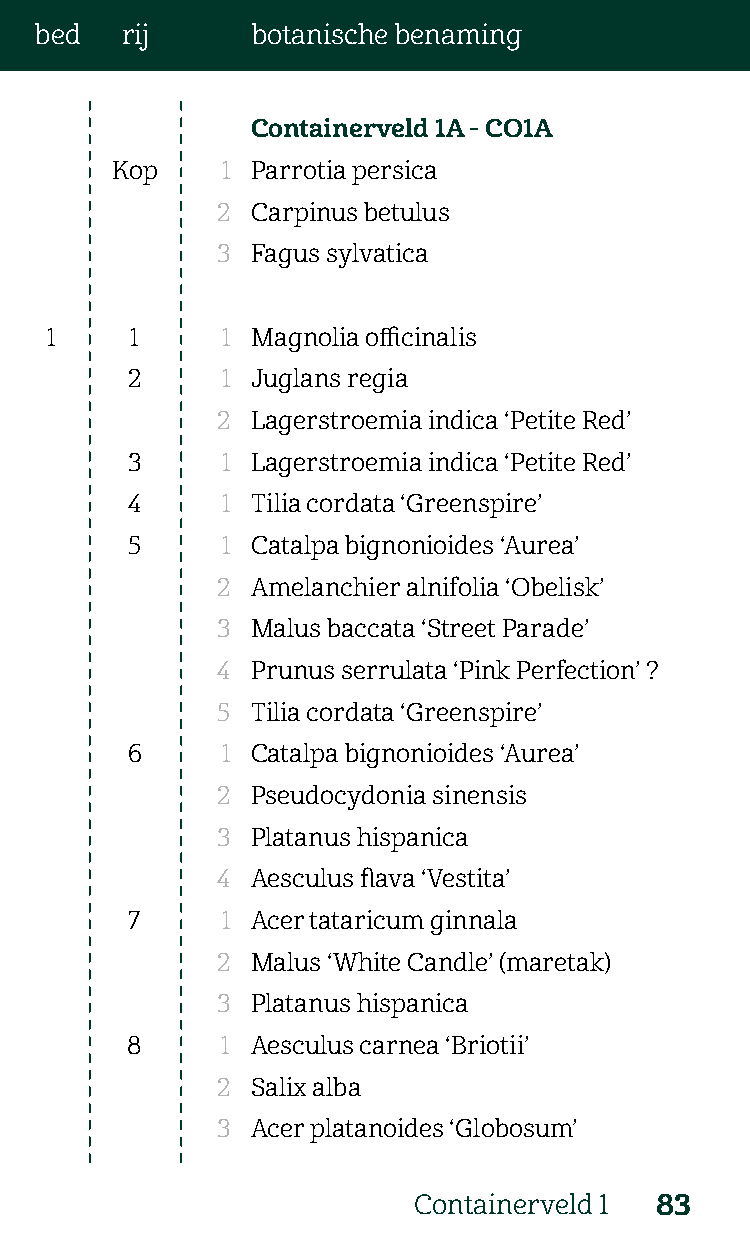
bed   rij      botanische benaming
 Containerveld 1A - CO1A
 Kop     1 Parrotia persica
 2  Carpinus betulus
 3  Fagus sylvatica
 1     1     1 Magnolia officinalis
 2      1 Juglans regia
 2  Lagerstroemia indica ‘Petite Red’
 3      1 Lagerstroemia indica ‘Petite Red’
 4      1 Tilia cordata ‘Greenspire’
 5      1 Catalpa bignonioides ‘Aurea’
 2  Amelanchier alnifolia ‘Obelisk’
 3  Malus baccata ‘Street Parade’
 4  Prunus serrulata ‘Pink Perfection’ ?
 5  Tilia cordata ‘Greenspire’
 6      1 Catalpa bignonioides ‘Aurea’
 2  Pseudocydonia sinensis
 3  Platanus hispanica
 4  Aesculus flava ‘Vestita’
 7     1 Acer tataricum ginnala
 2  Malus ‘White Candle’ (maretak)
 3  Platanus hispanica
 8      1 Aesculus carnea ‘Briotii’
 2  Salix alba
 3  Acer platanoides ‘Globosum’
 Containerveld 1 83